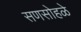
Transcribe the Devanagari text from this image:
सणसोहळे